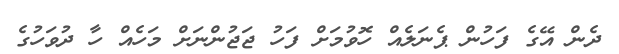
ދެން އޭގެ ފަހުން ޕެނަލެއް ހޮވުމަށް ފަހު ޖަޖުންނަށް މަހެއް ހާ ދުވަހުގެ